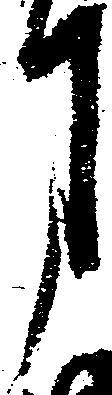
月